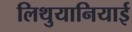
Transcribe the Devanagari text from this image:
लिथुयानियाई